Report of the Indian Hemp Drugs Commission, 1894-1895 - Volume VI
Year: 1894
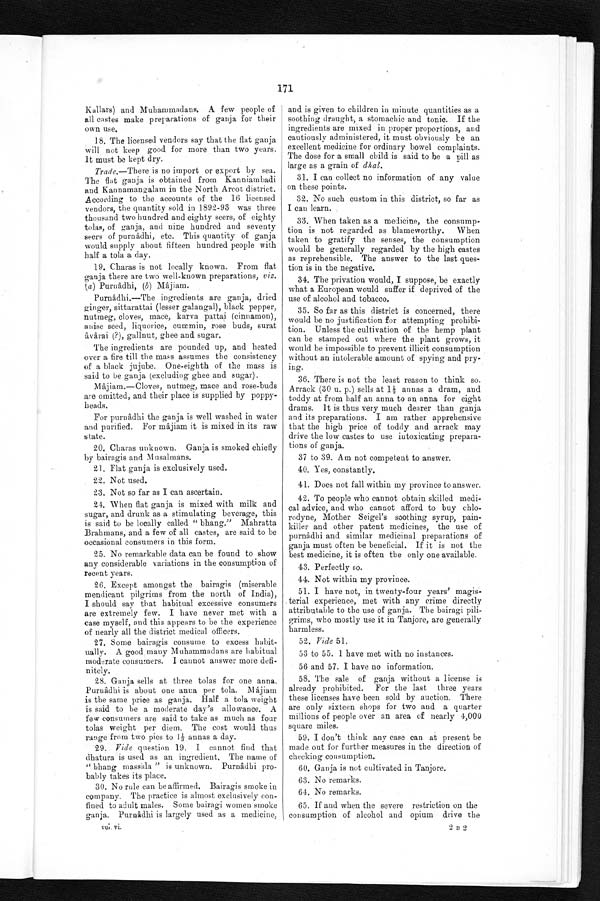
171
Kallars) and Muhammadans. A few people of
all castes make preparations of ganja for their
own use.
18. The licensed vendors say that the flat ganja
will not keep good for more than two years.
It must be kept dry.
Trade.-There is no import or export by sea.
The flat ganja is obtained from Kanniambadi
and Kannamangalam in the North Arcot district.
According to the accounts of the 16 licensed
vendors, the quantity sold in 1892-93 was three
thousand two hundred and eighty seers, of eighty
tolas, of ganja, and nine hundred and seventy
seers of purnâdhi, etc. This quantity of ganja
would supply about fifteen hundred people with
half a tola a day.
19. Charas is not locally known. From flat
ganja there are two well-known preparations, viz.
(a) Purnâdhi, (b) Mâjiam.
Purnâdhi.-The ingredients are ganja, dried
ginger, sittarattai (lesser galangal), black pepper,
nutmeg, cloves, mace, karva pattai (cinnamon),
anise seed, liquorice, cummin, rose buds, surat
âvârai (?), gallnut, ghee and sugar.
The ingredients are pounded up, and heated
over a fire till the mass assumes the consistency
of a black jujube. One-eighth of the mass is
said to be ganja (excluding ghee and sugar).
Mâjiam.__Cloves, nutmeg, mace and rose-buds
are omitted, and their place is supplied by poppy-
heads.
For purnâdhi the ganja is well washed in water
and purified. For mâjiam it is mixed in its raw
state.
Charas unknown. Ganja is smoked chiefly
by bairagis and Musalmans.
21. Flat ganja is exclusively used.
22. Not used.
23. Not so far as I can ascertain.
24. When flat ganja is mixed with milk and
sugar, and drunk as a stimulating beverage, this
is said to be locally called " bhang." Mahratta
Brahmans, and a few of all castes, are said to be
occasional consumers in this form.
25. No remarkable data can be found to show
any considerable variations in the consumption of
recent years.
26. Except amongst the bairagis (miserable
mendicant pilgrims from the north of India),
I should say that habitual excessive consumers
are extremely few. I have never met with a
case myself, and this appears to be the experience
of nearly all the district medical officers.
27.some bairagis consume to excess habit-
ually. A good many Muhammadans are habitual
moderate consumers. I cannot answer more defi-
nitely.
28. Ganja sells at three tolas for one anna.
Purnâdhi is about one anna per tola. Mâjiam
is the same price as ganja. Half a tola weight
is said to be a moderate day's allowance. A
few consumers are said to take as much as four
tolas weight per diem. The cost would thus
range from two pies to 1⅓ annas a day.
29.
vide question 19. I cannot find that
dhatura is used as an ingredient. The name of
" bhang massala " is unknown. Purnâdhi pro-
bably takes its place.
30. No rule can be affirmed. Bairagis smoke in
company. The practice is almost exclusively con-
fined to adult males. Some bairagi women smoke
ganja. Purnâdhi is largely used as a medicine,
voi. vi.
and is given to children in minute quantities as a
soothing draught, a stomachic and tonic. If the
ingredients are mixed in proper proportions, and
cautiously administered, it must obviously be an
excellent medicine for ordinary bowel complaints.
The dose for a small child is said to be a pill as
large as a grain of dhal.
31. I can collect no information of any value
on these points.
32. No such custom in this district, so far as
I can learn.
33. When taken as a medicine, the consump-
tion is not regarded as blameworthy. When
taken to gratify the senses, the consumption
would be generally regarded by the high castes
as reprehensible. The answer to the last ques-
t i o n i s i n t h e n e g a t i v e
34.
T h e p r i v a t i o n w o u l d , I s u p p o s e , b e e x a c t l y
what a European would suffer if deprived of the
use of alcohol and tobacco.
35. So far as this district is concerned, there
would be no justification for attempting prohibi-
tion. Unless the cultivation of the hemp plant
can be stamped out where the plant grows, it
would be impossible to prevent illicit consumption
without an intolerable amount of spying and pry-
ing.
36. There is not the least reason to think so.
Arrack (30 u. p.) sells at 1 ½ annas a dram, and
toddy at from half an anna to an anna for eight
drams. It is thus very much dearer than ganja
and its preparations. I am rather apprehensive
that the high price of toddy and arrack may
drive the low castes to use intoxicating prepara-
tions of ganja.
37 to 39. Am not competent to answer.
40. Yes, constantly.
41. Does not fall within my province to answer.
42. To people who cannot obtain skilled medi-
cal advice, and who cannot afford to buy chlo-
rodyne, Mother Seigel's soothing syrup, pain-
killer and other patent medicines, the use of
purn
âdhi and similar medicinal preparations of
ganja must often be beneficial. If it is not the
best medicine, it is often the only one available.
43. Perfectly so.
44. Not within my province.
51. I have not, in twenty-four years' magis-
terial experience, met with any crime directly
attributable to the use of ganja. The bairagi pili
grims, who mostly use it in Tanjore, are generally
armless.harmless.
52.
vide 51.
53 to 55. 1 have met with no instances.
56 and 57. I have no information.
58. The sale of ganja without a license is
already prohibited. For the last three years
these licenses have been sold by auction. There
are only sixteen shops for two and a quarter
millions of people over an area of nearly 4,000
square miles.
59. I don't think any case can at present be
made out for further measures in the direction of
checking consumption.
60. Ganja is not cultivated in Tanjore.
63. No remarks.
64. No remarks.
65. If and when the severe restriction on the
consumption of alcohol and opium drive the
2 B 2